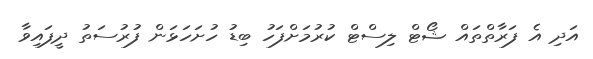
އަދި އެ ފަރާތްތައް ޝޯޓް ލިސްޓް ކުރުމަށްފަހު ބިޑު ހުށަހަޅަން ފުރުސަތު ދީފައިވާ